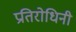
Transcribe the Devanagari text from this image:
प्रतिरोधिनी